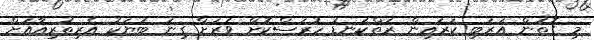
މި ގޮތުން އަރަބި ކަރައިން ރަތްކަނޑު ހުރަސްކޮށް ވަރަށް ގިނަ ބަޔަކު އެރިތުރިއާއަށް